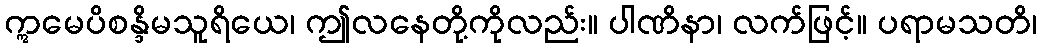
ဣမေပိစန္ဒိမသူရိယေ၊ ဤလနေတို့ကိုလည်း။ ပါဏိနာ၊ လက်ဖြင့်။ ပရာမသတိ၊